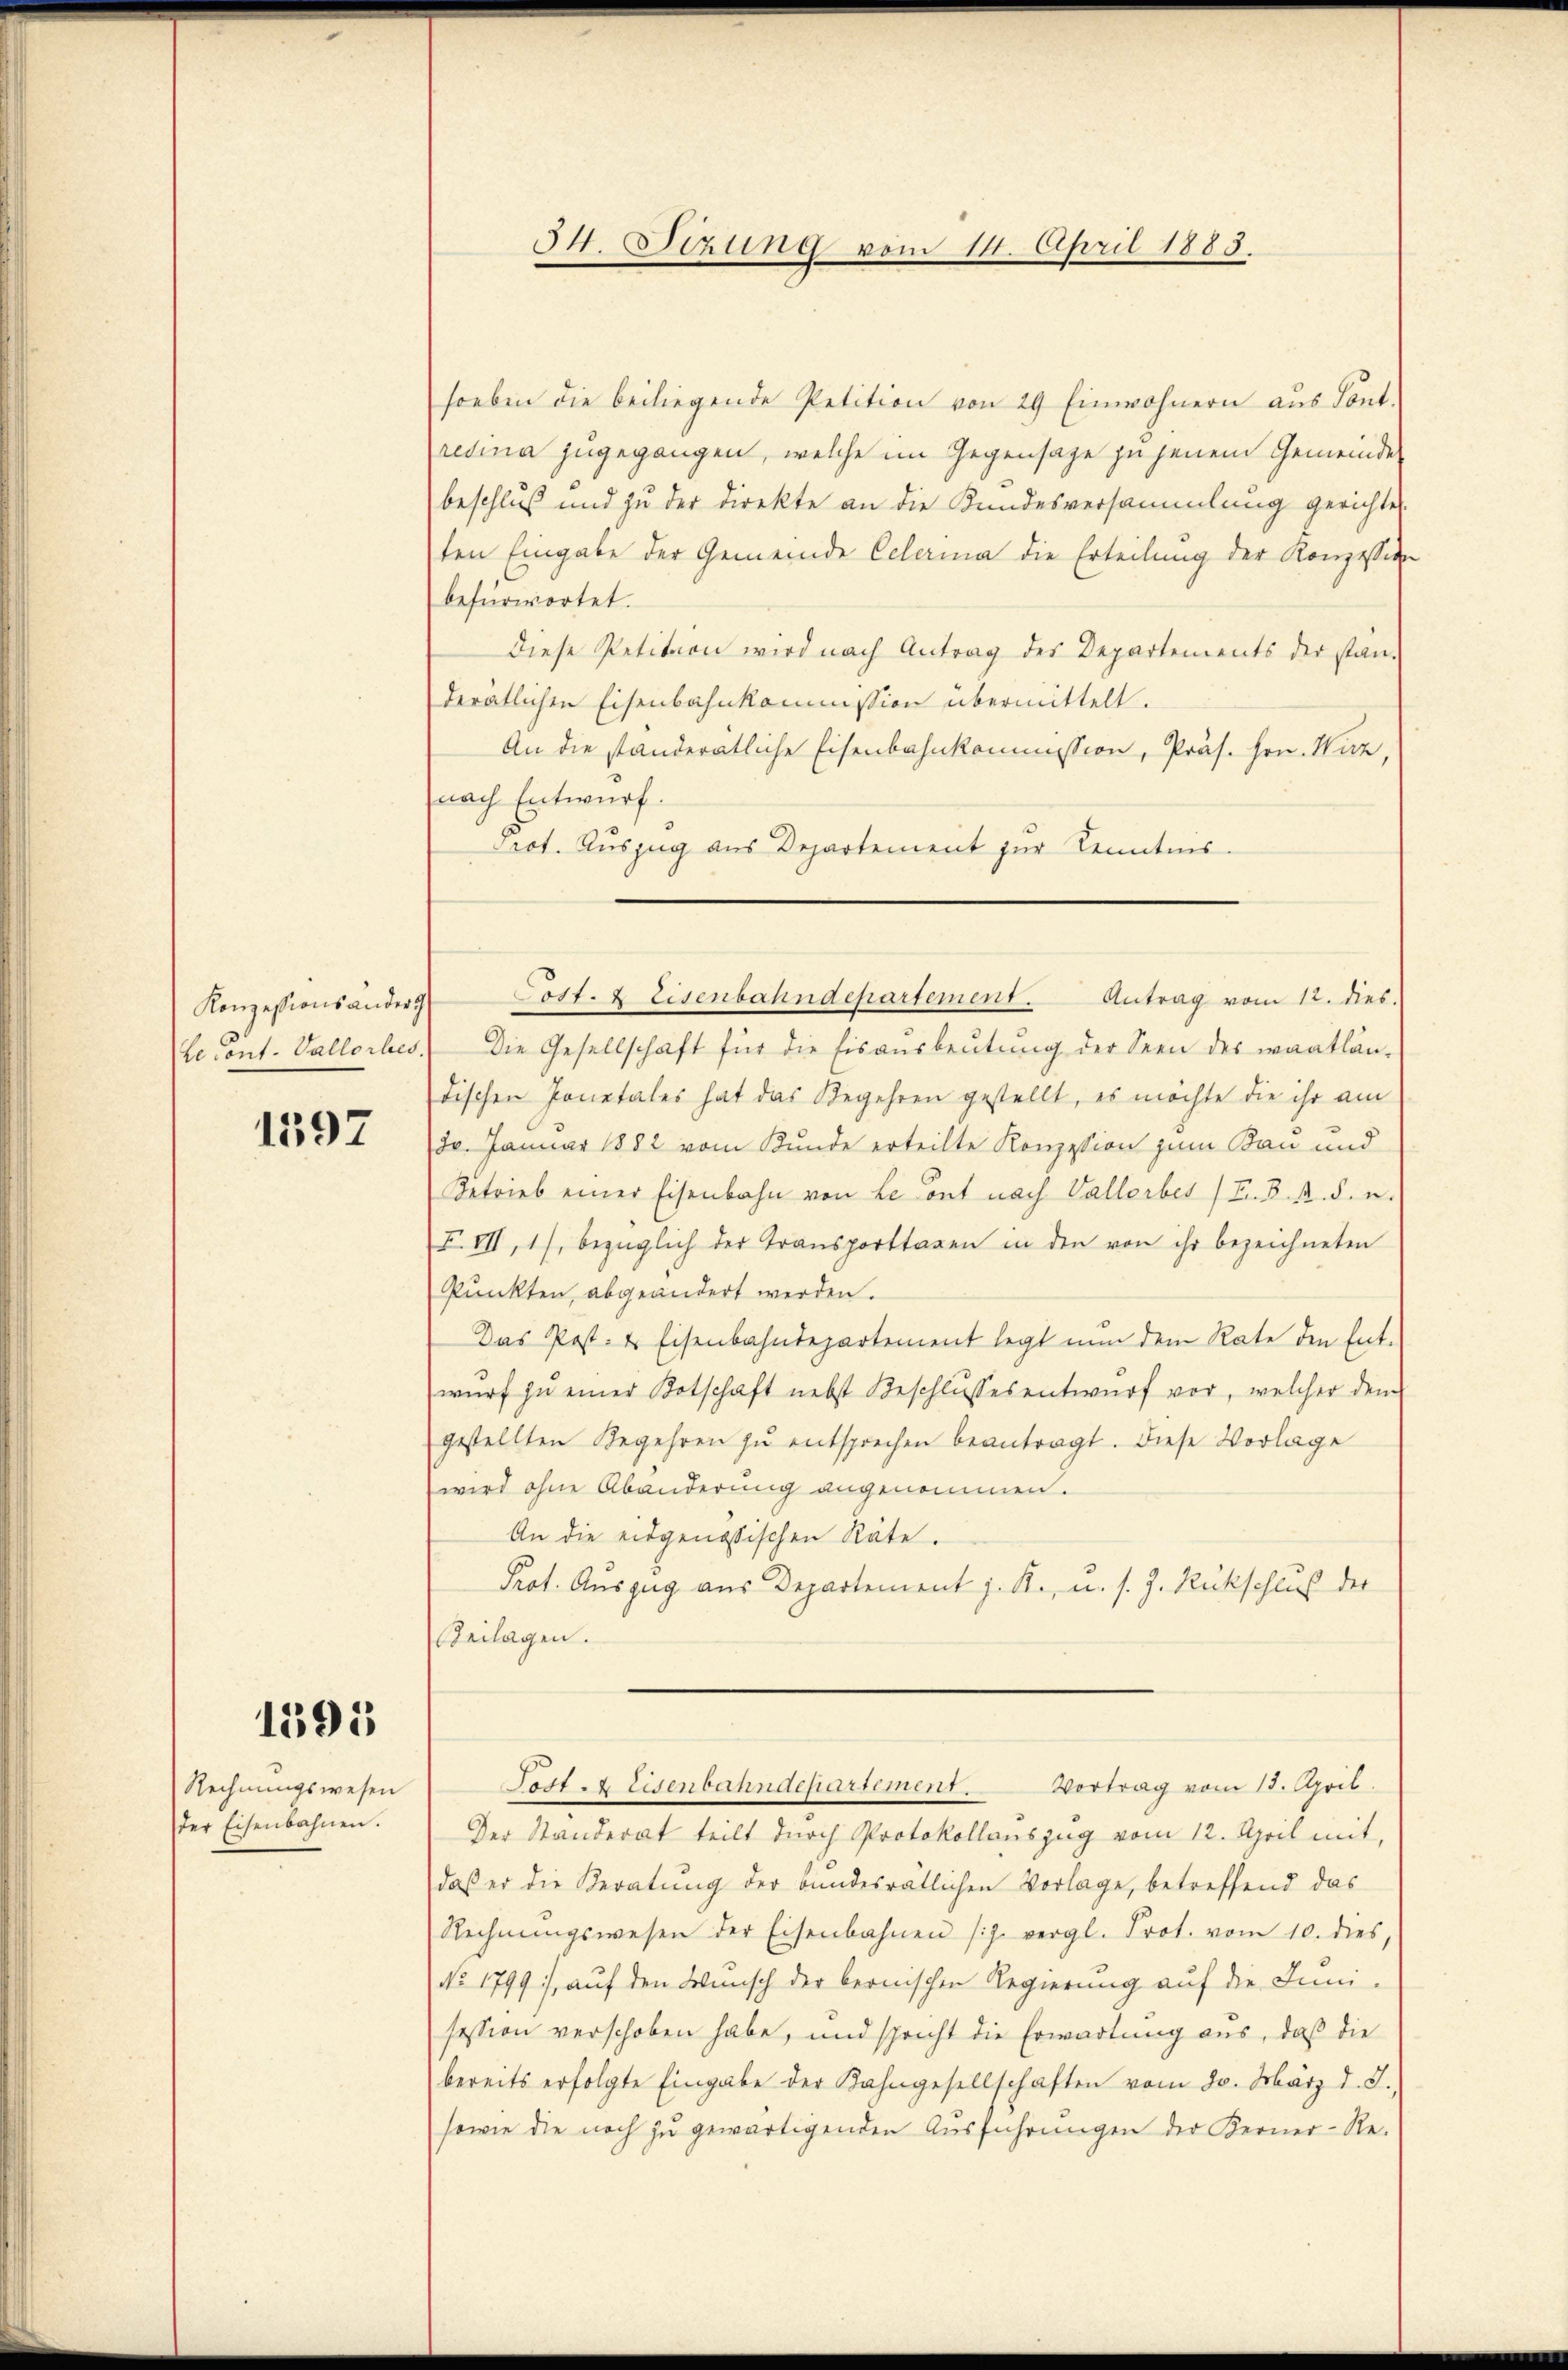
Konzessionsandert
Le cont. Vallorbes.

1597

1595

Rechnungswesen
der Eisenbahnen.

34. Sizung vom 14. April 1883.

soeben die beiliegende Petition von 29 Einwohnern aus Sont.
retina zugegangen, welche im Gegensage zu jenem Gemeinde
beschluß und zu der Direkte an die Kundesversammlung gerichtet.
ten Eingabe der Gemeinde Celena die Erteilung der Konzessio
befürwortet.
Diese Petition wird nach Antrag des Departements der stan-
derätlichen Eisenbahnkommission übermittelt.
An die standerätliche Eisenbahnkommission, Präs. Hrn. Wirz
nach Entwurf.
Prot. Auszug aus Departement zur Kenntnis.
Die Gesellschaft für die Eisaŭsbeutung der Seen des waadtlän-
dischen Jonetales hat das Begehren gestellt, es möchte die ihr am
30. Januar 1882 vom Kunde erteilte Konzession zum Bau und
Betrieb einer Eisenbahn von Le ont nach Vallorbes (Fr. K. A. F. u.
F. III, 1), bezüglich der Transporttagen in den von ihr bezeichneten
Punkten, abgeändert werden.
Das Post- & Eisenbahndepartement legt nun dem Rate den Ent-
wŭrf zŭ einer Botschaft nebst Beschlŭssesentwŭrf vor, welcher dem
gestellten Begehren zu entsprechen beantragt. Diese Vorlage
wird ohne Abänderung angenommen.
An die eidgenössischen Räte.
Prot. Auszug aus Departement z. R. u. s. Z. Rückschluß der
Beilagen.
Vortrag vom 13. April.
Post. Eisenbahndepartement.
Der Standerat teilt durch Protokollenszug vom 12. April mit,
daß er die Beratung der bundesrätlichen Vorlage, betreffend das
Rechnŭngswesen der Eisenbahnen (s. vergl. Prot. vom 10. dies
No 1799.), auf den Wunsch der bernischen Regierung auf die Juni-
session verschoben habe, und spricht die Erwartung aus, daß die
bereits erfolgte Eingabe der Kahngesellschaften vom 20. März d. J.,
sowie die noch zu gewärtigenden Ausführungen der Kerner-Re-

Post. 2 Eisenbahndepartement. Antrag vom 12. dies.